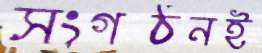
সংগঠনই